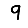
Digit: 9